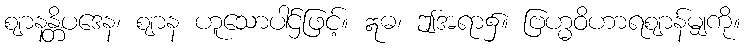
ဈာနန္တိပဒေန၊ ဈာန ဟူသောပါဌ်ဖြင့်။ ဣဓ၊ ဤအရာ၌။ ဗြဟ္မဝိဟာရဈာန်မျှကို။